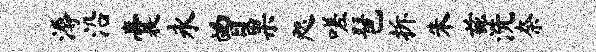
溽沿囊永曾果咫嗟琶拆朱兹洗奈